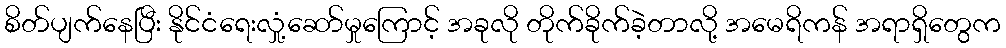
စိတ်ပျက်နေပြီး နိုင်ငံရေးလှုံ့ဆော်မှုကြောင့် အခုလို တိုက်ခိုက်ခဲ့တာလို့ အမေရိကန် အရာရှိတွေက